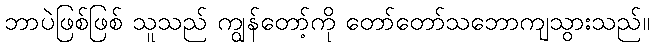
ဘာပဲဖြစ်ဖြစ် သူသည် ကျွန်တော့်ကို တော်တော်သဘောကျသွားသည်။